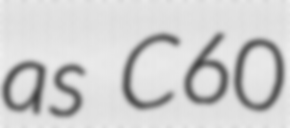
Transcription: as C60